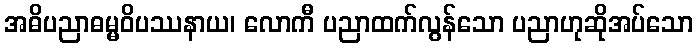
အဓိပညာဓမ္မဝိပဿနာယ၊ လောကီ ပညာထက်လွန်သော ပညာဟုဆိုအပ်သော